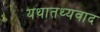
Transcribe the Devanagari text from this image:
यथातथ्यवाद